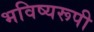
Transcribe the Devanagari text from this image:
भविष्यरूपी